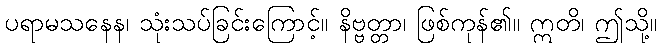
ပရာမသနေန၊ သုံးသပ်ခြင်းကြောင့်။ နိဗ္ဗတ္တာ၊ ဖြစ်ကုန်၏။ ဣတိ၊ ဤသို့။